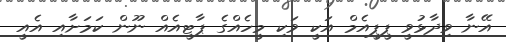
އޭނާ ވިދާޅުވީ ޕީޕީއެމް އަކީ ވަކި މީހެއްގެ ޕާޓީއެއް ނޫން ކަމަށާއި އެއީ